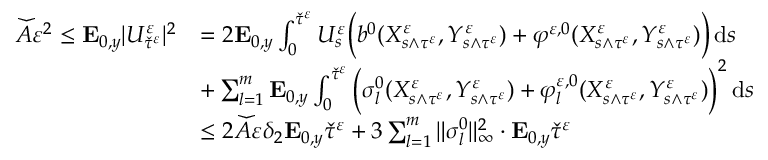
\begin{array} { r l } { \widecheck A \varepsilon ^ { 2 } \leq \mathbf { E } _ { 0 , y } | U _ { \widecheck \tau ^ { \varepsilon } } ^ { \varepsilon } | ^ { 2 } } & { = 2 \mathbf { E } _ { 0 , y } \int _ { 0 } ^ { \widecheck \tau ^ { \varepsilon } } U _ { s } ^ { \varepsilon } \Big ( b ^ { 0 } ( X _ { s \wedge \tau ^ { \varepsilon } } ^ { \varepsilon } , Y _ { s \wedge \tau ^ { \varepsilon } } ^ { \varepsilon } ) + \varphi ^ { \varepsilon , 0 } ( X _ { s \wedge \tau ^ { \varepsilon } } ^ { \varepsilon } , Y _ { s \wedge \tau ^ { \varepsilon } } ^ { \varepsilon } ) \Big ) \, \mathrm { d } s } \\ & { + \sum _ { l = 1 } ^ { m } \mathbf { E } _ { 0 , y } \int _ { 0 } ^ { \widecheck \tau ^ { \varepsilon } } \Big ( \sigma _ { l } ^ { 0 } ( X _ { s \wedge \tau ^ { \varepsilon } } ^ { \varepsilon } , Y _ { s \wedge \tau ^ { \varepsilon } } ^ { \varepsilon } ) + \varphi _ { l } ^ { \varepsilon , 0 } ( X _ { s \wedge \tau ^ { \varepsilon } } ^ { \varepsilon } , Y _ { s \wedge \tau ^ { \varepsilon } } ^ { \varepsilon } ) \Big ) ^ { 2 } \, \mathrm { d } s } \\ & { \leq 2 \widecheck A \varepsilon \delta _ { 2 } \mathbf { E } _ { 0 , y } \widecheck \tau ^ { \varepsilon } + 3 \sum _ { l = 1 } ^ { m } \| \sigma _ { l } ^ { 0 } \| _ { \infty } ^ { 2 } \cdot \mathbf { E } _ { 0 , y } \widecheck \tau ^ { \varepsilon } } \end{array}